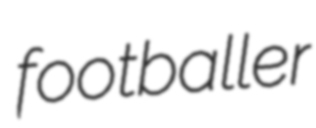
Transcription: footballer